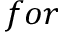
f o r